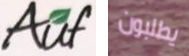
Auf يطلبون